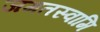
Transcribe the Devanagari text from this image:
जगतस्‍वामि